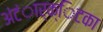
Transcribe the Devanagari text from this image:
अंंटंार्क्िटका